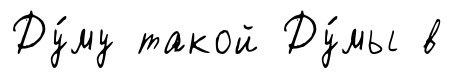
Ду́му такой Ду́мы в